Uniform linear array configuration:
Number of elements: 32
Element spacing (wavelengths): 0.25
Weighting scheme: blackman
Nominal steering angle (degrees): -60
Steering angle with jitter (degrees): -61.676
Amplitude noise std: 0.05
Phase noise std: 0.05

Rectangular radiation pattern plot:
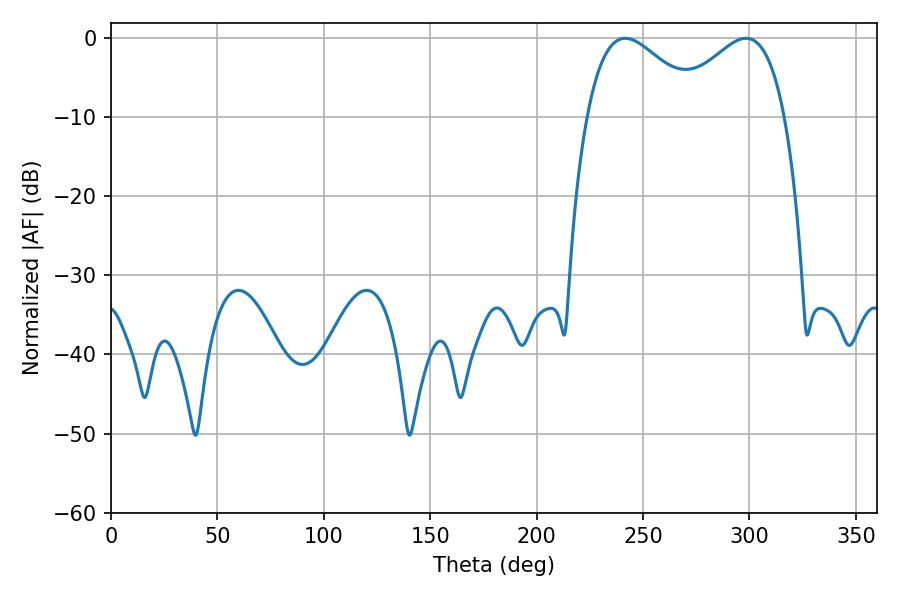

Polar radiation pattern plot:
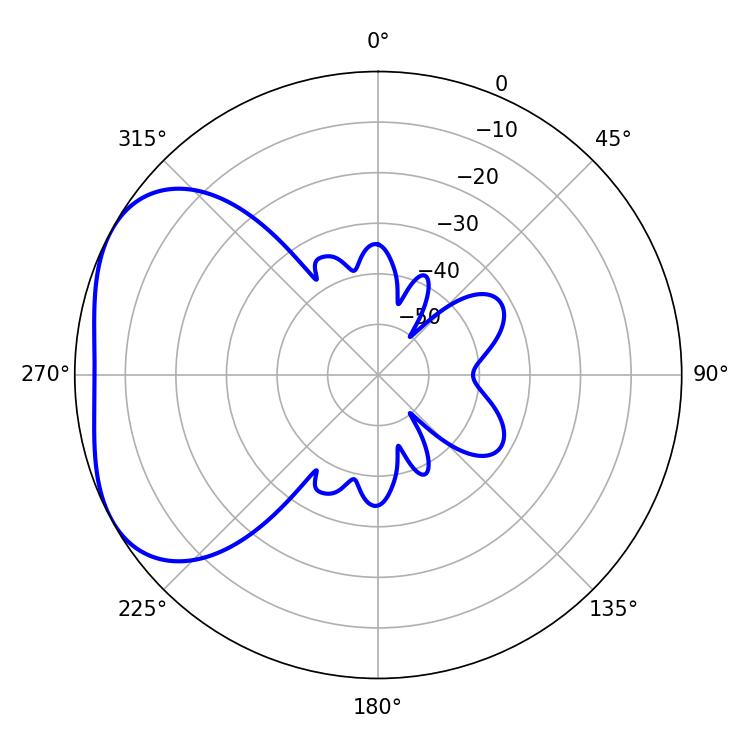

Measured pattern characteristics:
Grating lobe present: FALSE
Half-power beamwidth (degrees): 29.34
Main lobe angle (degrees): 241.56